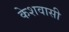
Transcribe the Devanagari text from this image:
केशवासी